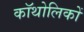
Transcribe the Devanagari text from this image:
कॉथोलिकों